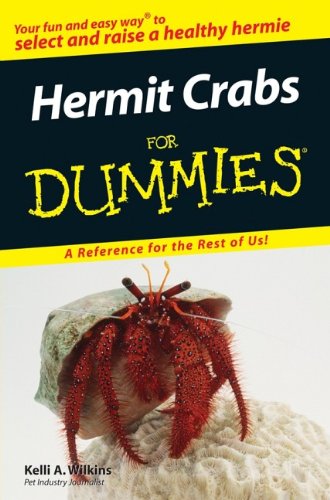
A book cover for Hermit Crabs For Dummies; Kelli A. Wilkins; Crafts, Hobbies & Home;